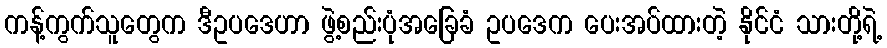
ကန့်ကွက်သူတွေက ဒီဥပဒေဟာ ဖွဲ့စည်းပုံအခြေခံ ဥပဒေက ပေးအပ်ထားတဲ့ နိုင်ငံ သားတို့ရဲ့